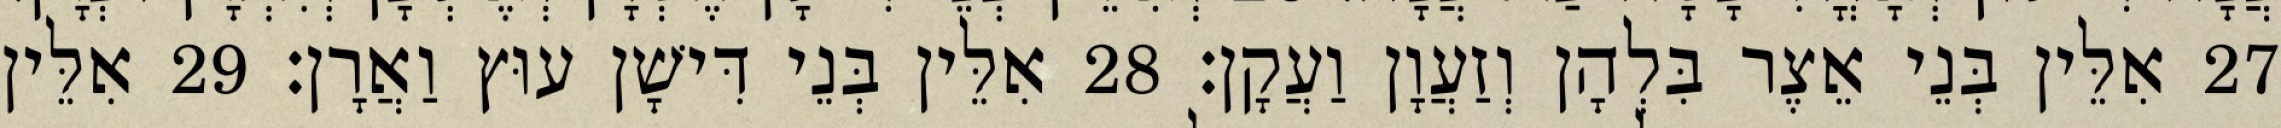
27 אִלֵּין בְּנֵי אֵצֶר בִּלְהָן וְזַעֲוָן וַעֲקָן׃ 28 אִלֵּין בְּנֵי דִּישָׁן עוּץ וַאֲרָן׃ 29 אִלֵּין